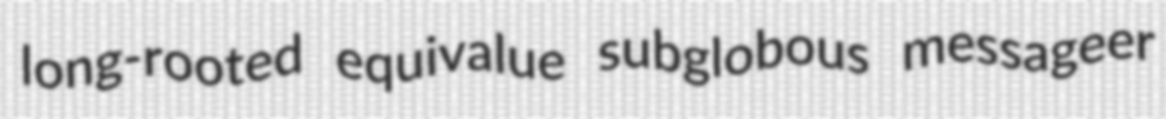
long-rooted equivalue subglobous messageer